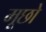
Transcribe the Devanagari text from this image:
मूछो